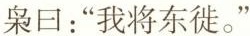
枭曰：”我将东徙。”